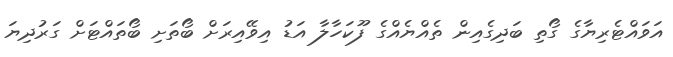
އަވައްޓެރިޔާގެ ގޯތި ބަދިގެއިން ތެއްޔެއްގެ ފޫކަހާލާ އަޑު އިވޭއިރަށް ބޯތަށި ބޯތައްޓަށް ގަރުދިޔަ